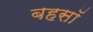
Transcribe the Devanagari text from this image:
बहसॉ